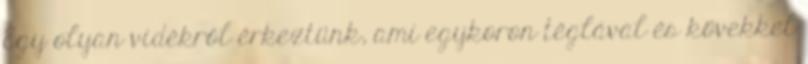
Egy olyan vidékről érkeztünk, ami egykoron téglával és kövekkel